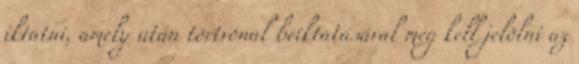
iktatni, amely után törtvonal beiktatásával meg kell jelölni az